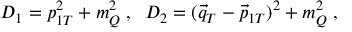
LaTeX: D _ { 1 } = p _ { 1 T } ^ { 2 } + m _ { Q } ^ { 2 } \; , \; \; D _ { 2 } = ( \vec { q } _ { T } - \vec { p } _ { 1 T } ) ^ { 2 } + m _ { Q } ^ { 2 } \; ,